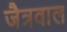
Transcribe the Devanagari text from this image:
जैत्रवाल